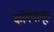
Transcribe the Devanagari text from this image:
काँगपासून